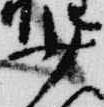
少